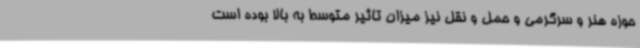
حوزه هنر و سرگرمی و حمل و نقل نیز میزان تاثیر متوسط به بالا بوده است